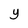
Character: Y